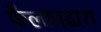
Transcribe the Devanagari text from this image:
फैलावद्वारा